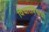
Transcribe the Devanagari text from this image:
विचारविश्वाची